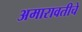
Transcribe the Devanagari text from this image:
अमारावतीचे